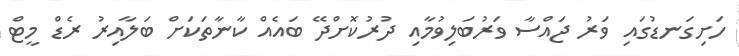
ހަށިގަނޑުގައި ވަރު ޖައްސާ ވަރުބަލިވުމާއި ދުރުކޮށްދޭ ބައެއް ކާނާތަކަށް ބަލާއިރު ރެޑް މީޓް